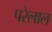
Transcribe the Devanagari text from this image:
परेलाल